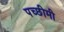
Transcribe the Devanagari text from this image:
पच्छीमी